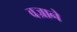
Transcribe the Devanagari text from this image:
वज्राने